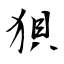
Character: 狽